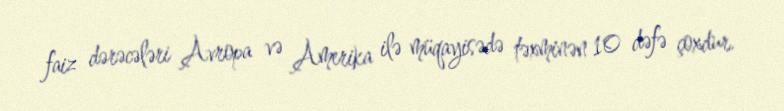
faiz dərəcələri Avropa və Amerika ilə müqayisədə təxminən 10 dəfə çoxdur.